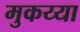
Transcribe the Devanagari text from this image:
मुकय्या